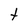
Character: t